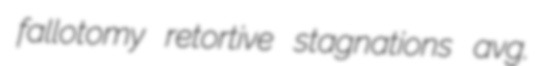
fallotomy retortive stagnations avg.